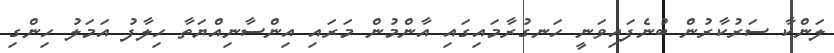
ލަންކާ ސަރުކާރުން ބުނެފައިވަނީ ހަނގުރާމައިގައި އާންމުން މަރައި އިންސާނިއްޔަތާ ހިލާފު އަމަލު ހިންގި